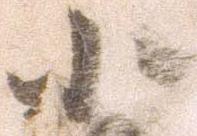
小